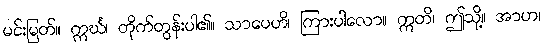
မင်းမြတ်။ ဣင်္ဃ၊ တိုက်တွန်းပါ၏။ သာပေဟိ၊ ကြားပါလော။ ဣတိ၊ ဤသို့။ အာဟ၊